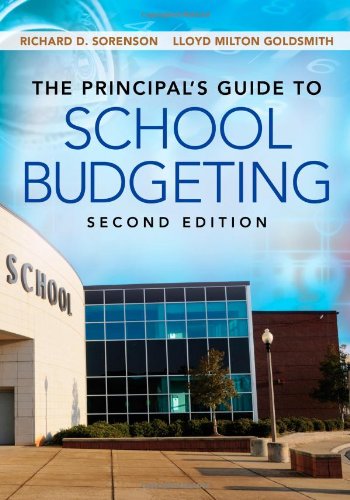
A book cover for The Principal's Guide to School Budgeting; Richard D. Sorenson; Education & Teaching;